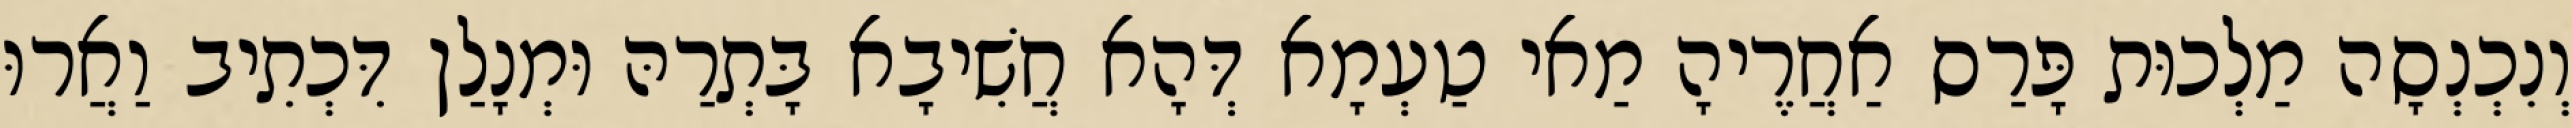
וְנִכְנְסָה מַלְכוּת פָּרַס אַחֲרֶיהָ מַאי טַעְמָא דְּהָא חֲשִׁיבָא בָּתְרַהּ וּמְנָלַן דִּכְתִיב וַאֲרוּ